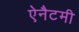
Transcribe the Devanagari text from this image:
ऐनैटमी